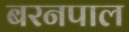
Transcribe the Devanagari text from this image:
बरनपाल